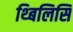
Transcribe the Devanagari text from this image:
थ्बिलिसि